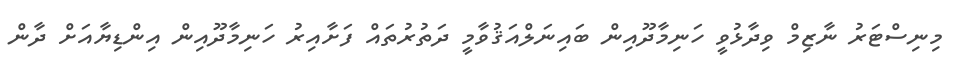
މިނިސްޓަރު ނާޒިމް ވިދާޅުވީ ހަނިމާދޫއިން ބައިނަލްއަޤުވާމީ ދަތުރުތައް ފަށާއިރު ހަނިމާދޫއިން އިންޑިޔާއަށް ދާން